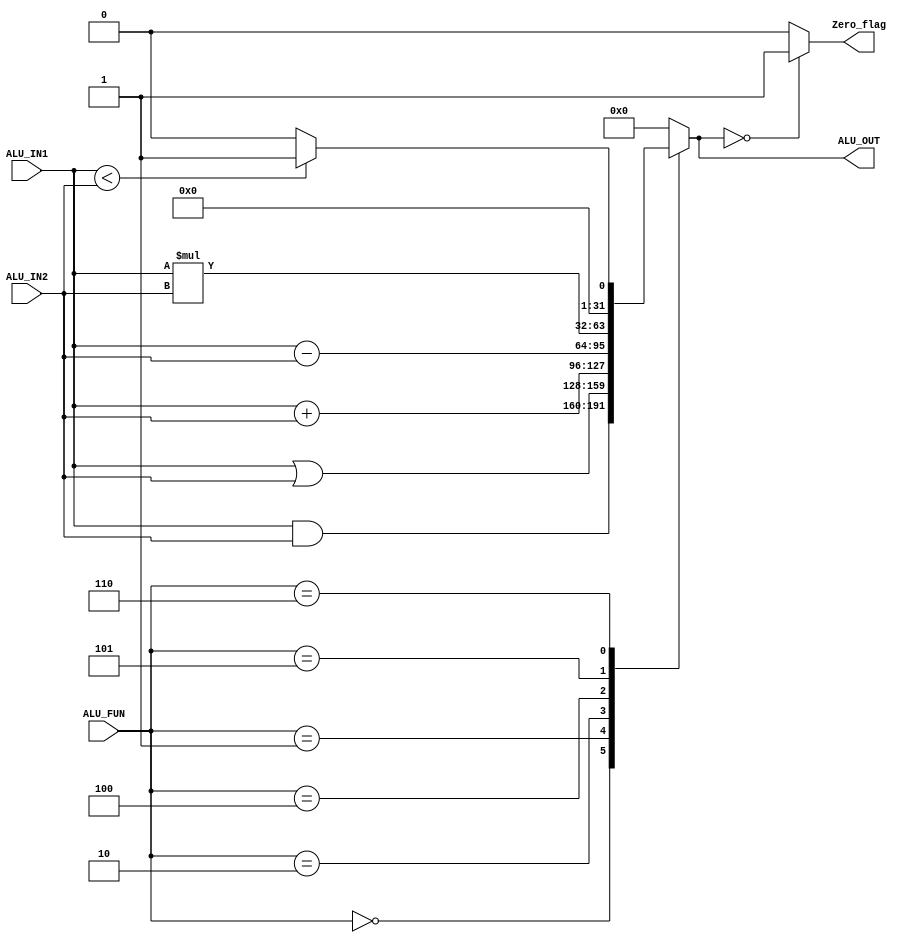
module ALU(
    input wire [2:0]    ALU_FUN,
    input wire [31:0]   ALU_IN1,
    input wire [31:0]   ALU_IN2,
    output reg          Zero_flag,
    output reg [31:0]   ALU_OUT
);

// reg [31:0]  ALU_OUT_Comb;

always @(*)
begin
  ALU_OUT = 32'b0;
  case (ALU_FUN)
    3'b000    :   ALU_OUT = ALU_IN1 & ALU_IN2;
    3'b001    :   ALU_OUT = ALU_IN1 | ALU_IN2;
    3'b010    :   ALU_OUT = ALU_IN1 + ALU_IN2;
//  3'b011    :   Not used
    3'b100    :   ALU_OUT = ALU_IN1 - ALU_IN2;
    3'b101    :   ALU_OUT = ALU_IN1 * ALU_IN2;
    3'b110    :   ALU_OUT = ALU_IN1 < ALU_IN2? 32'b1 : 32'b0;
//  3'b111    :   Not used
    default   :   ALU_OUT = 32'b0; 
  endcase
end

always @(*)
begin
  Zero_flag = (ALU_OUT == 32'b0)? 1'b1 : 1'b0;
end


endmodule